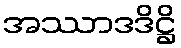
အဿာဒဒိဋ္ဌိ